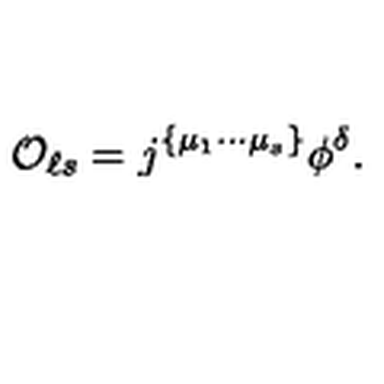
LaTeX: { \cal O } _ { \ell s } = j ^ { \{ \mu _ { 1 } \cdots \mu _ { s } \} } \phi ^ { \delta } .